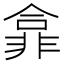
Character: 𫕽